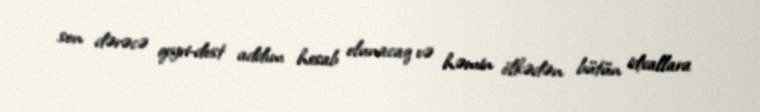
son dərəcə qeyri-dost addım hesab olunacaq və həmin ölkədən bütün idxallara